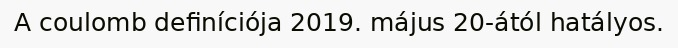
A coulomb definíciója 2019. május 20-ától hatályos.